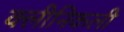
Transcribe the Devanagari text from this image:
क्लीनिकली